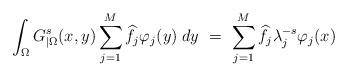
\begin{align*}\int_\Omega G_{|\Omega}^s(x,y)\sum_{j=1}^M \widehat f_j\varphi_j(y)\; dy\ =\ \sum_{j=1}^M \widehat f_j\lambda_j^{-s}\varphi_j(x)\end{align*}